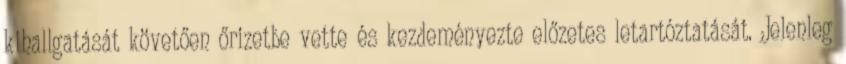
kihallgatását követően őrizetbe vette és kezdeményezte előzetes letartóztatását. Jelenleg